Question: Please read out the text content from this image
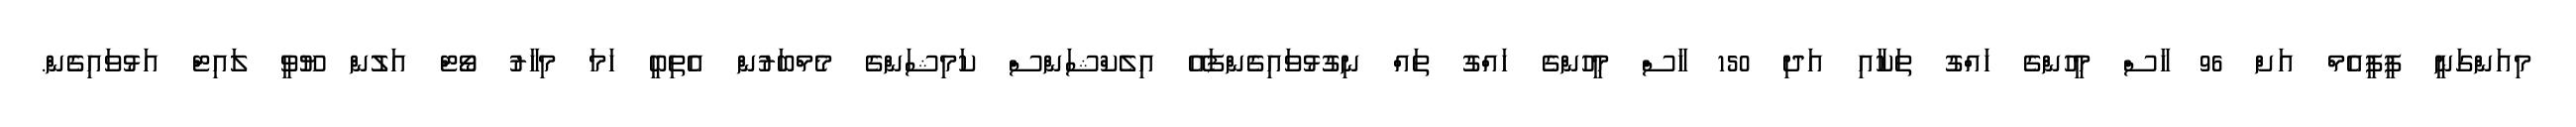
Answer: މިއަންގަނީ ޕީޕީއެމް އަށް 96 ހާސް މީހުންގެ ހައްގު ތަކާއި އަދި 150 ހާސް މީހުންގެ ހައްގު ތައް ނިގުޅުވައިގެންފައޭ އިލެކްޝަންސް ކަމިޝަންގެ މެމްބަރުން އެތިބީ ހަމަ މިހާރު ވޯޓް އަލުން ޔޫވީ ލައިޓް އަޅުވައިގެން.